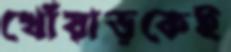
খোঁয়াড়কেই